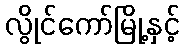
လွိုင်ကော်မြို့နှင့်